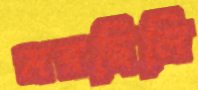
মরছিলি